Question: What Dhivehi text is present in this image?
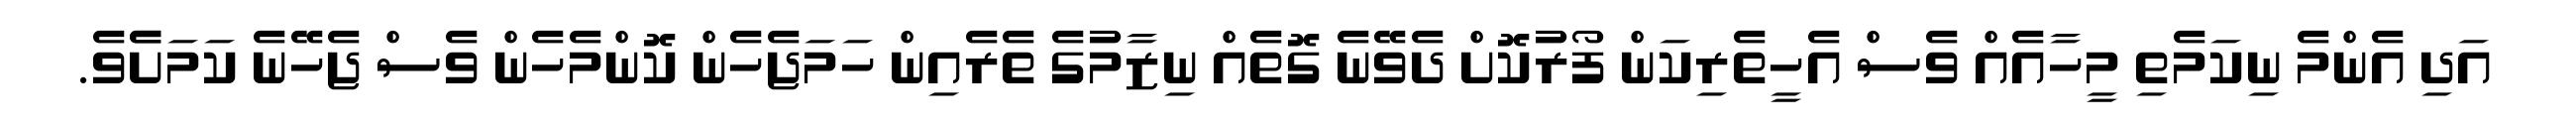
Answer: އަދި އެންމެ ނިކަމެތި މީހާއެއް ވެސް އެހީތެރިކަން ފޯރުކޮށް ދެވޭނެ ގޮތެއް ނިޒާމުގެ ތެރެއިން ހަމަޖެހެން ކޮންމެހެން ވެސް ޖެހޭނެ ކަމަށެެވެ.